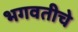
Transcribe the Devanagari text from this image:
भगवतीचे